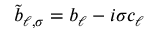
\tilde { b } _ { \ell , \sigma } = b _ { \ell } - i \sigma c _ { \ell }